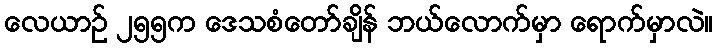
လေယာဉ် ၂၅၅က ဒေသစံတော်ချိန် ဘယ်လောက်မှာ ရောက်မှာလဲ။